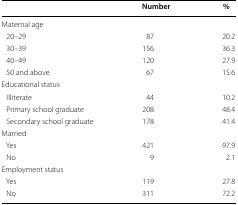
<table><thead><tr><td></td><td><b>Number</b></td><td><b> %</b></td></tr></thead><tbody><tr><td>Maternal age</td><td></td><td></td></tr><tr><td> 20–29</td><td>87</td><td>20.2</td></tr><tr><td> 30–39</td><td>156</td><td>36.3</td></tr><tr><td> 40–49</td><td>120</td><td>27.9</td></tr><tr><td> 50 and above</td><td>67</td><td>15.6</td></tr><tr><td>Educational status</td><td></td><td></td></tr><tr><td> Illiterate</td><td>44</td><td>10.2</td></tr><tr><td> Primary school graduate</td><td>208</td><td>48.4</td></tr><tr><td> Secondary school graduate</td><td>178</td><td>41.4</td></tr><tr><td>Married</td><td></td><td></td></tr><tr><td> Yes</td><td>421</td><td>97.9</td></tr><tr><td> No</td><td>9</td><td>2.1</td></tr><tr><td>Employment status</td><td></td><td></td></tr><tr><td> Yes</td><td>119</td><td>27.8</td></tr><tr><td> No</td><td>311</td><td>72.2</td></tr></tbody></table>